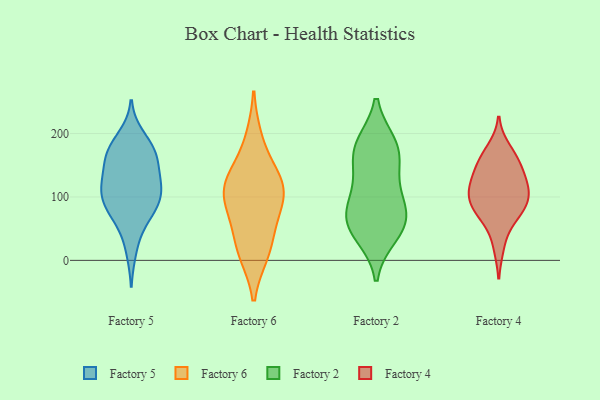
{"axis": {"x": "Demand Index", "y": "Value"}, "legend": ["Factory 2", "Factory 4", "Factory 5", "Factory 6"], "data": [{"x": "", "y": 124, "type": "Factory 5"}, {"x": "", "y": 76, "type": "Factory 5"}, {"x": "", "y": 172, "type": "Factory 5"}, {"x": "", "y": 196, "type": "Factory 5"}, {"x": "", "y": 118, "type": "Factory 5"}, {"x": "", "y": 147, "type": "Factory 5"}, {"x": "", "y": 78, "type": "Factory 5"}, {"x": "", "y": 103, "type": "Factory 5"}, {"x": "", "y": 182, "type": "Factory 5"}, {"x": "", "y": 173, "type": "Factory 5"}, {"x": "", "y": 78, "type": "Factory 5"}, {"x": "", "y": 100, "type": "Factory 5"}, {"x": "", "y": 164, "type": "Factory 5"}, {"x": "", "y": 103, "type": "Factory 5"}, {"x": "", "y": 134, "type": "Factory 5"}, {"x": "", "y": 53, "type": "Factory 5"}, {"x": "", "y": 110, "type": "Factory 5"}, {"x": "", "y": 160, "type": "Factory 5"}, {"x": "", "y": 15, "type": "Factory 5"}, {"x": "", "y": 46, "type": "Factory 6"}, {"x": "", "y": 80, "type": "Factory 6"}, {"x": "", "y": 130, "type": "Factory 6"}, {"x": "", "y": 94, "type": "Factory 6"}, {"x": "", "y": 132, "type": "Factory 6"}, {"x": "", "y": 14, "type": "Factory 6"}, {"x": "", "y": 12, "type": "Factory 6"}, {"x": "", "y": 105, "type": "Factory 6"}, {"x": "", "y": 191, "type": "Factory 6"}, {"x": "", "y": 118, "type": "Factory 6"}, {"x": "", "y": 178, "type": "Factory 2"}, {"x": "", "y": 95, "type": "Factory 2"}, {"x": "", "y": 51, "type": "Factory 2"}, {"x": "", "y": 177, "type": "Factory 2"}, {"x": "", "y": 74, "type": "Factory 2"}, {"x": "", "y": 40, "type": "Factory 2"}, {"x": "", "y": 73, "type": "Factory 2"}, {"x": "", "y": 182, "type": "Factory 2"}, {"x": "", "y": 56, "type": "Factory 2"}, {"x": "", "y": 153, "type": "Factory 2"}, {"x": "", "y": 120, "type": "Factory 2"}, {"x": "", "y": 102, "type": "Factory 4"}, {"x": "", "y": 109, "type": "Factory 4"}, {"x": "", "y": 175, "type": "Factory 4"}, {"x": "", "y": 158, "type": "Factory 4"}, {"x": "", "y": 121, "type": "Factory 4"}, {"x": "", "y": 81, "type": "Factory 4"}, {"x": "", "y": 119, "type": "Factory 4"}, {"x": "", "y": 85, "type": "Factory 4"}, {"x": "", "y": 152, "type": "Factory 4"}, {"x": "", "y": 151, "type": "Factory 4"}, {"x": "", "y": 23, "type": "Factory 4"}, {"x": "", "y": 115, "type": "Factory 4"}, {"x": "", "y": 70, "type": "Factory 4"}, {"x": "", "y": 75, "type": "Factory 4"}]}